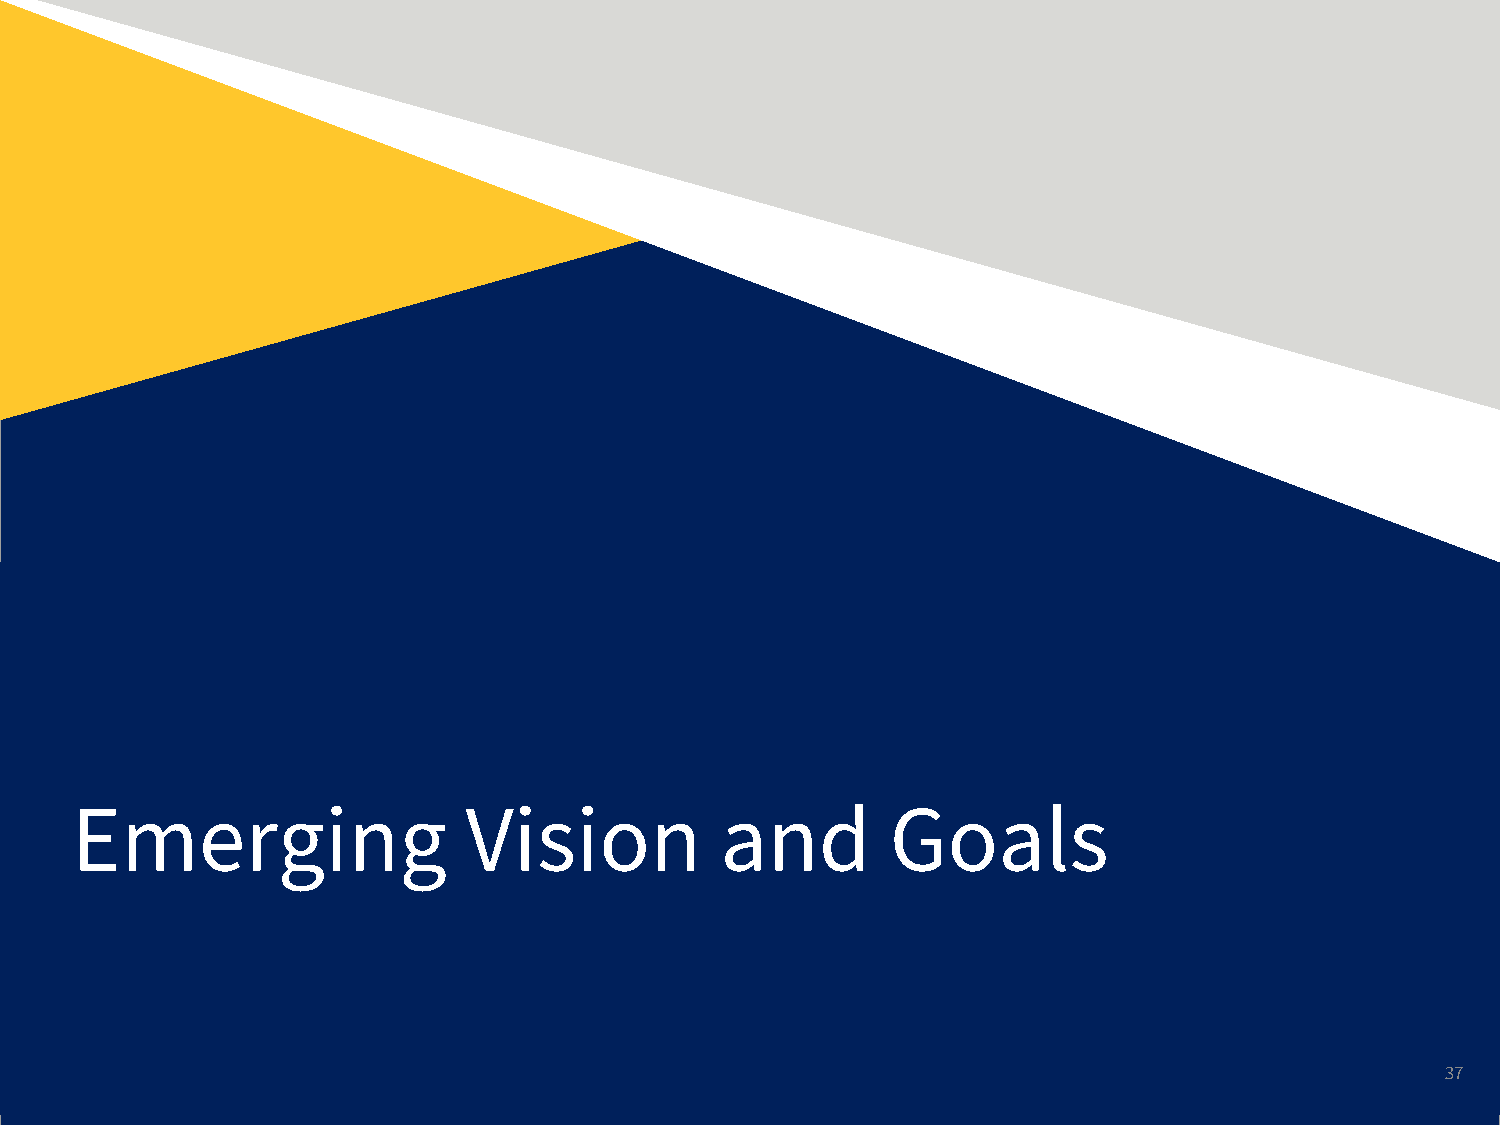
Emerging                  Vision           and        Goals
 37